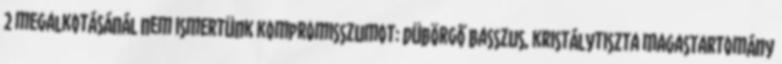
2 megalkotásánál nem ismertünk kompromisszumot: dübörgő basszus, kristálytiszta magastartomány